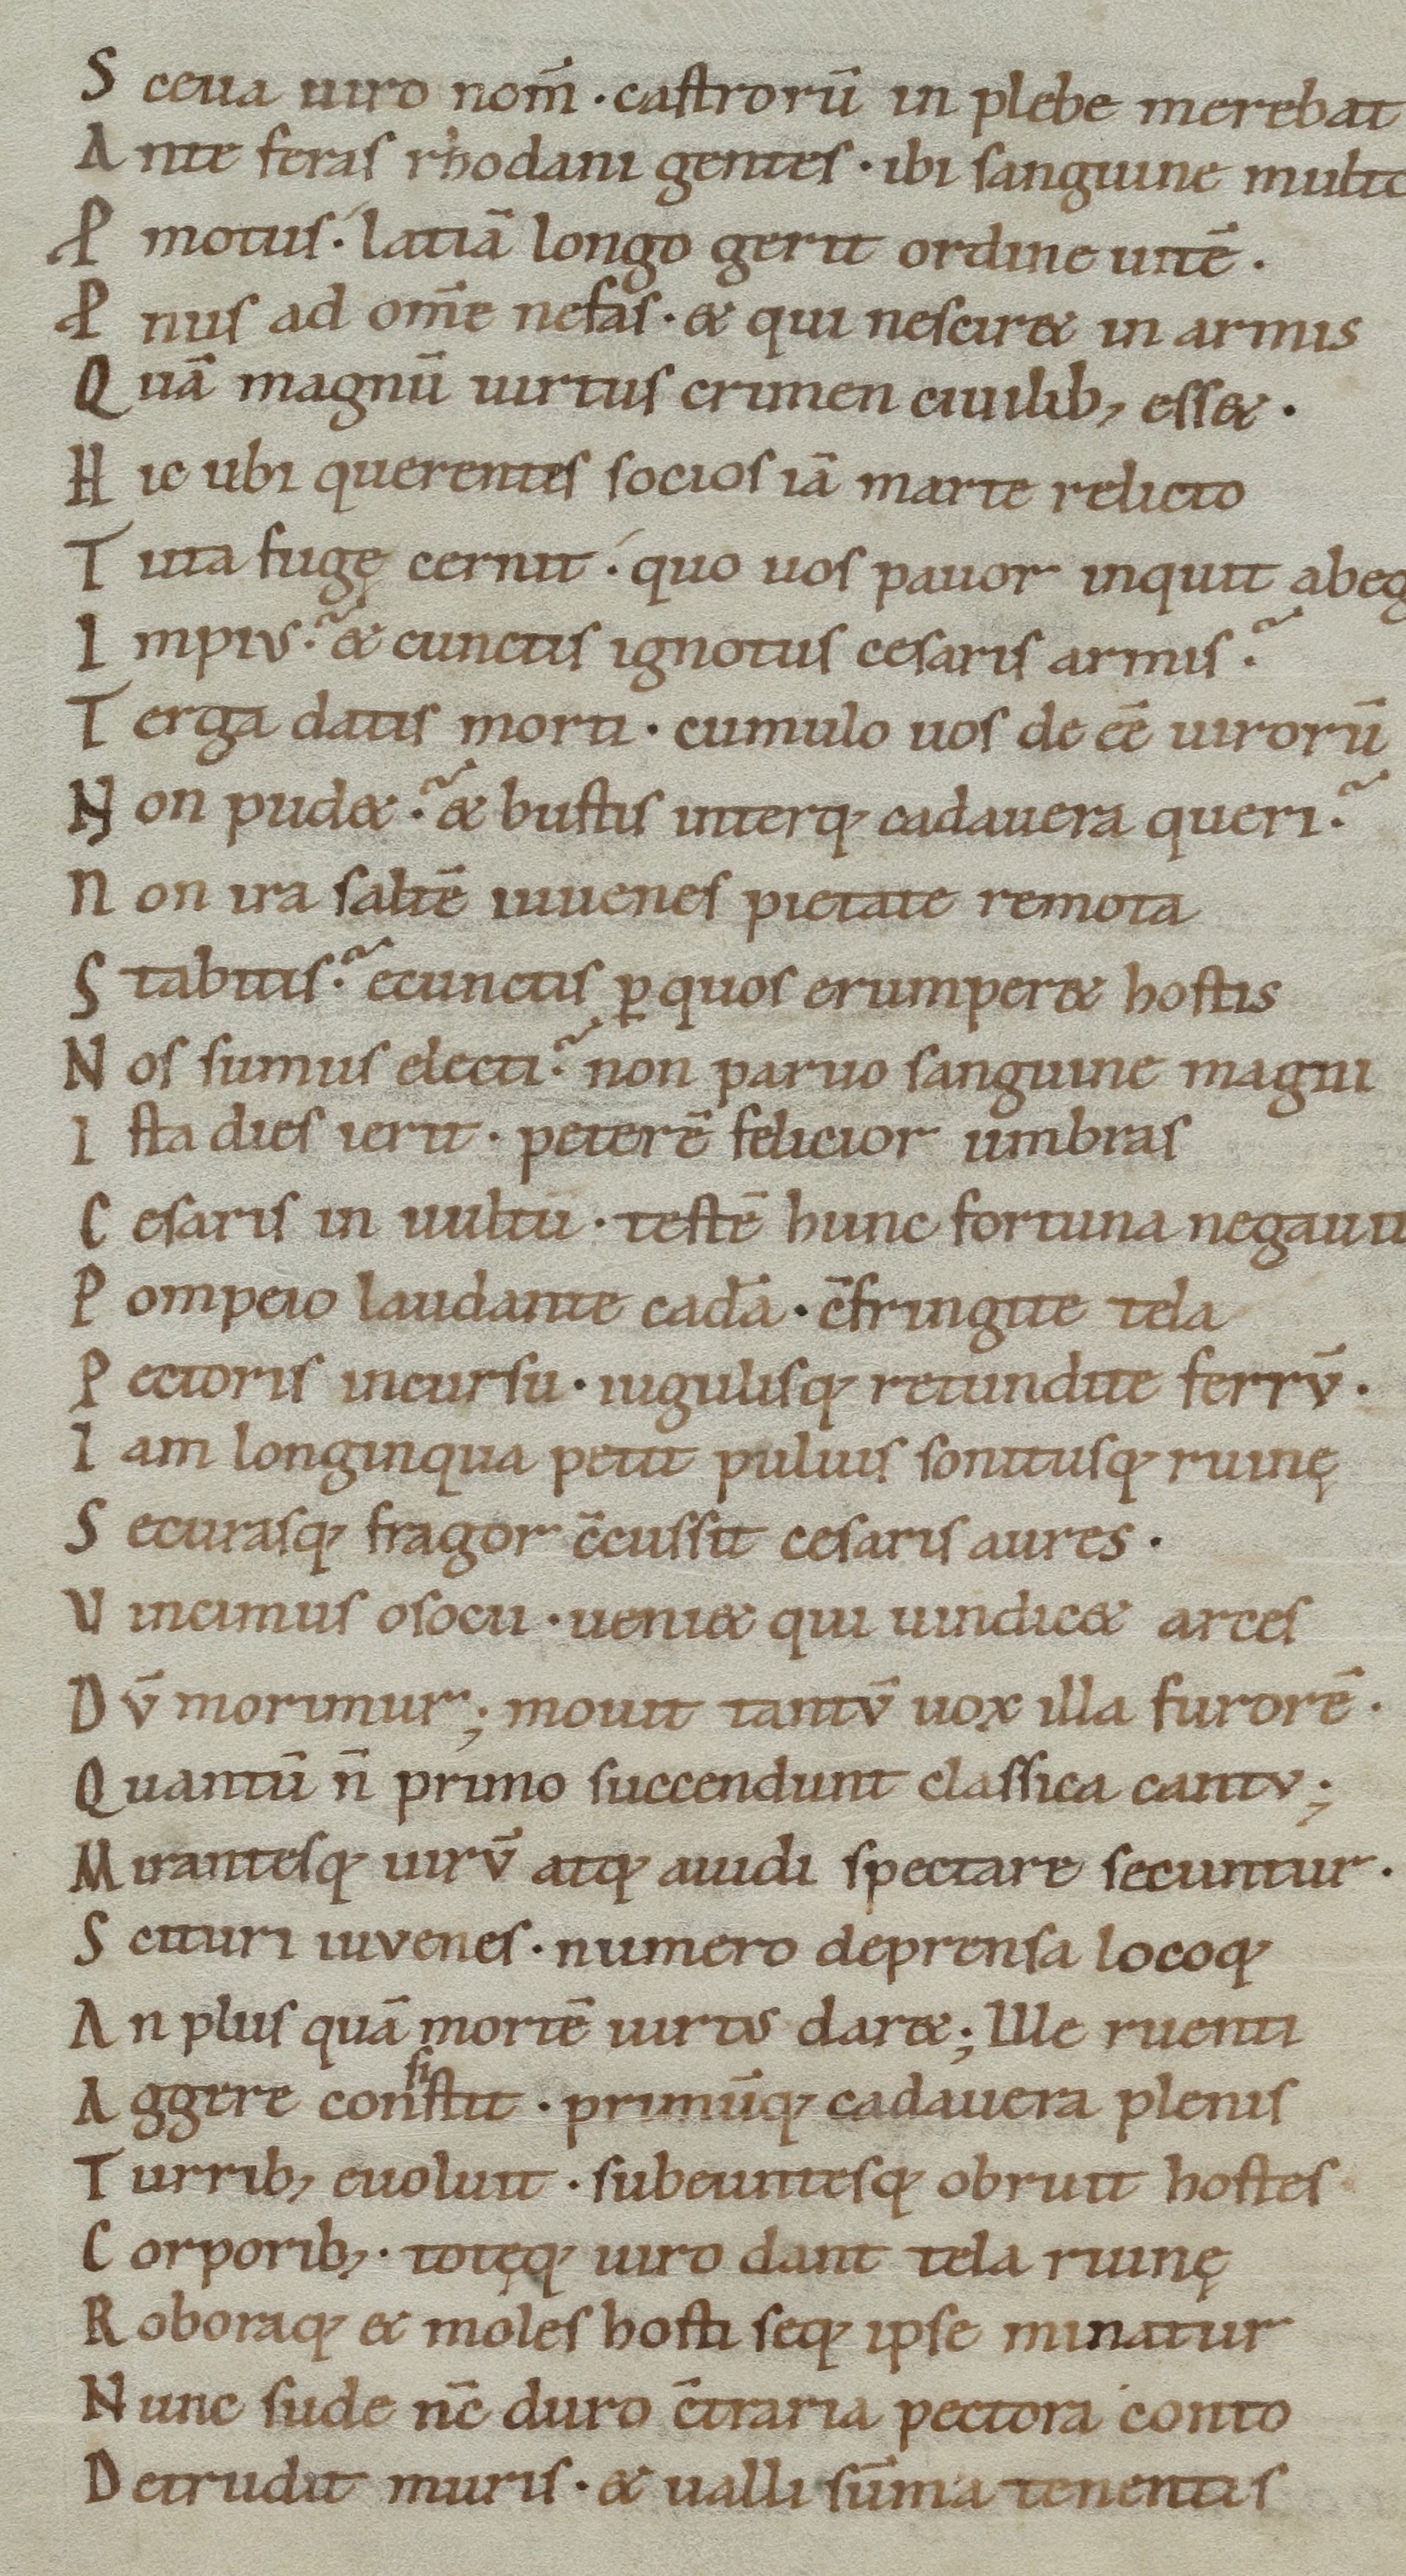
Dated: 1050–1074